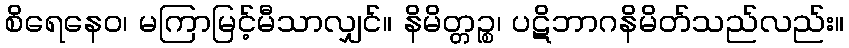
စိရေနေဝ၊ မကြာမြင့်မီသာလျှင်။ နိမိတ္တဉ္စ၊ ပဋိဘာဂနိမိတ်သည်လည်း။